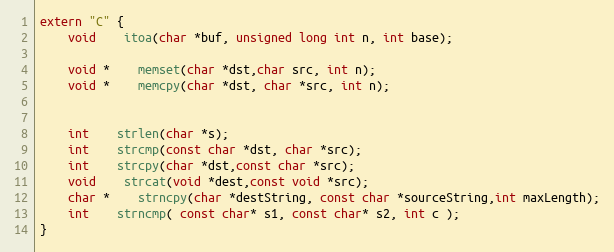
Language: C
extern "C" {
	void 	itoa(char *buf, unsigned long int n, int base);

	void *	memset(char *dst,char src, int n);
	void *	memcpy(char *dst, char *src, int n);

	int 	strlen(char *s);
	int 	strcmp(const char *dst, char *src);
	int 	strcpy(char *dst,const char *src);
	void 	strcat(void *dest,const void *src);
	char *	strncpy(char *destString, const char *sourceString,int maxLength);
	int 	strncmp( const char* s1, const char* s2, int c );
}